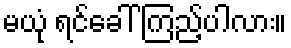
မယုံ ရင်ခေါ် ကြည့်ပါလား။